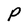
Character: p